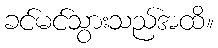
ခင်မင်သွားသည်အထိ။